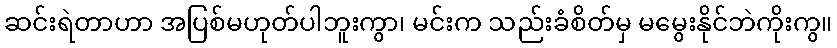
ဆင်းရဲတာဟာ အပြစ်မဟုတ်ပါဘူးကွာ၊ မင်းက သည်းခံစိတ်မှ မမွေးနိုင်ဘဲကိုးကွ။